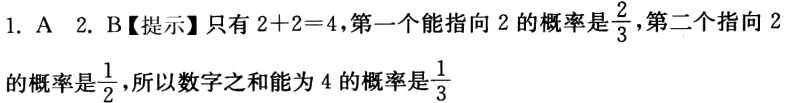
1. A 2. B【提示】只有 \(2 + 2 = 4\)，第一个能指向 \(2\) 的概率是 \(\frac{2}{3}\)，第二个指向 \(2\) 的概率是 \(\frac{1}{2}\)，所以数字之和能为 \(4\) 的概率是 \(\frac{1}{3}\)